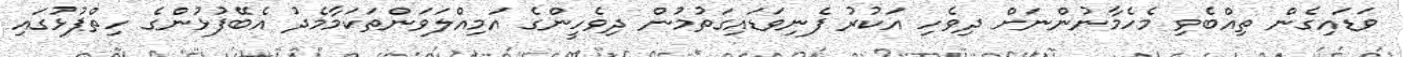
ވަޑައިގެން ތިއްބެވި މެހެމާނުންނަށް ދިވެހި އަކުރު ފެނިވަޑައިގަތުމުން ދިވެހީންގެ އަމިއްލަވަންތަކަމާމެދު އެބޭފުޅުންގެ ހިތްޕުޅުގައި